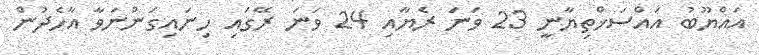
އައްޔޫބު އައްސަޚްތިޔާނީ 23 ވަނަ ރެޔާއި 24 ވަނަ ރޭގައި ހިނައިގަންނަވާ އާހެދުން